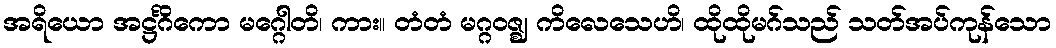
အရိယော အဋ္ဌင်္ဂိကော မဂ္ဂေါတိ၊ ကား။ တံတံ မဂ္ဂဝဇ္ဈ ကိလေသေဟိ၊ ထိုထိုမဂ်သည် သတ်အပ်ကုန်သော